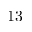
1 3